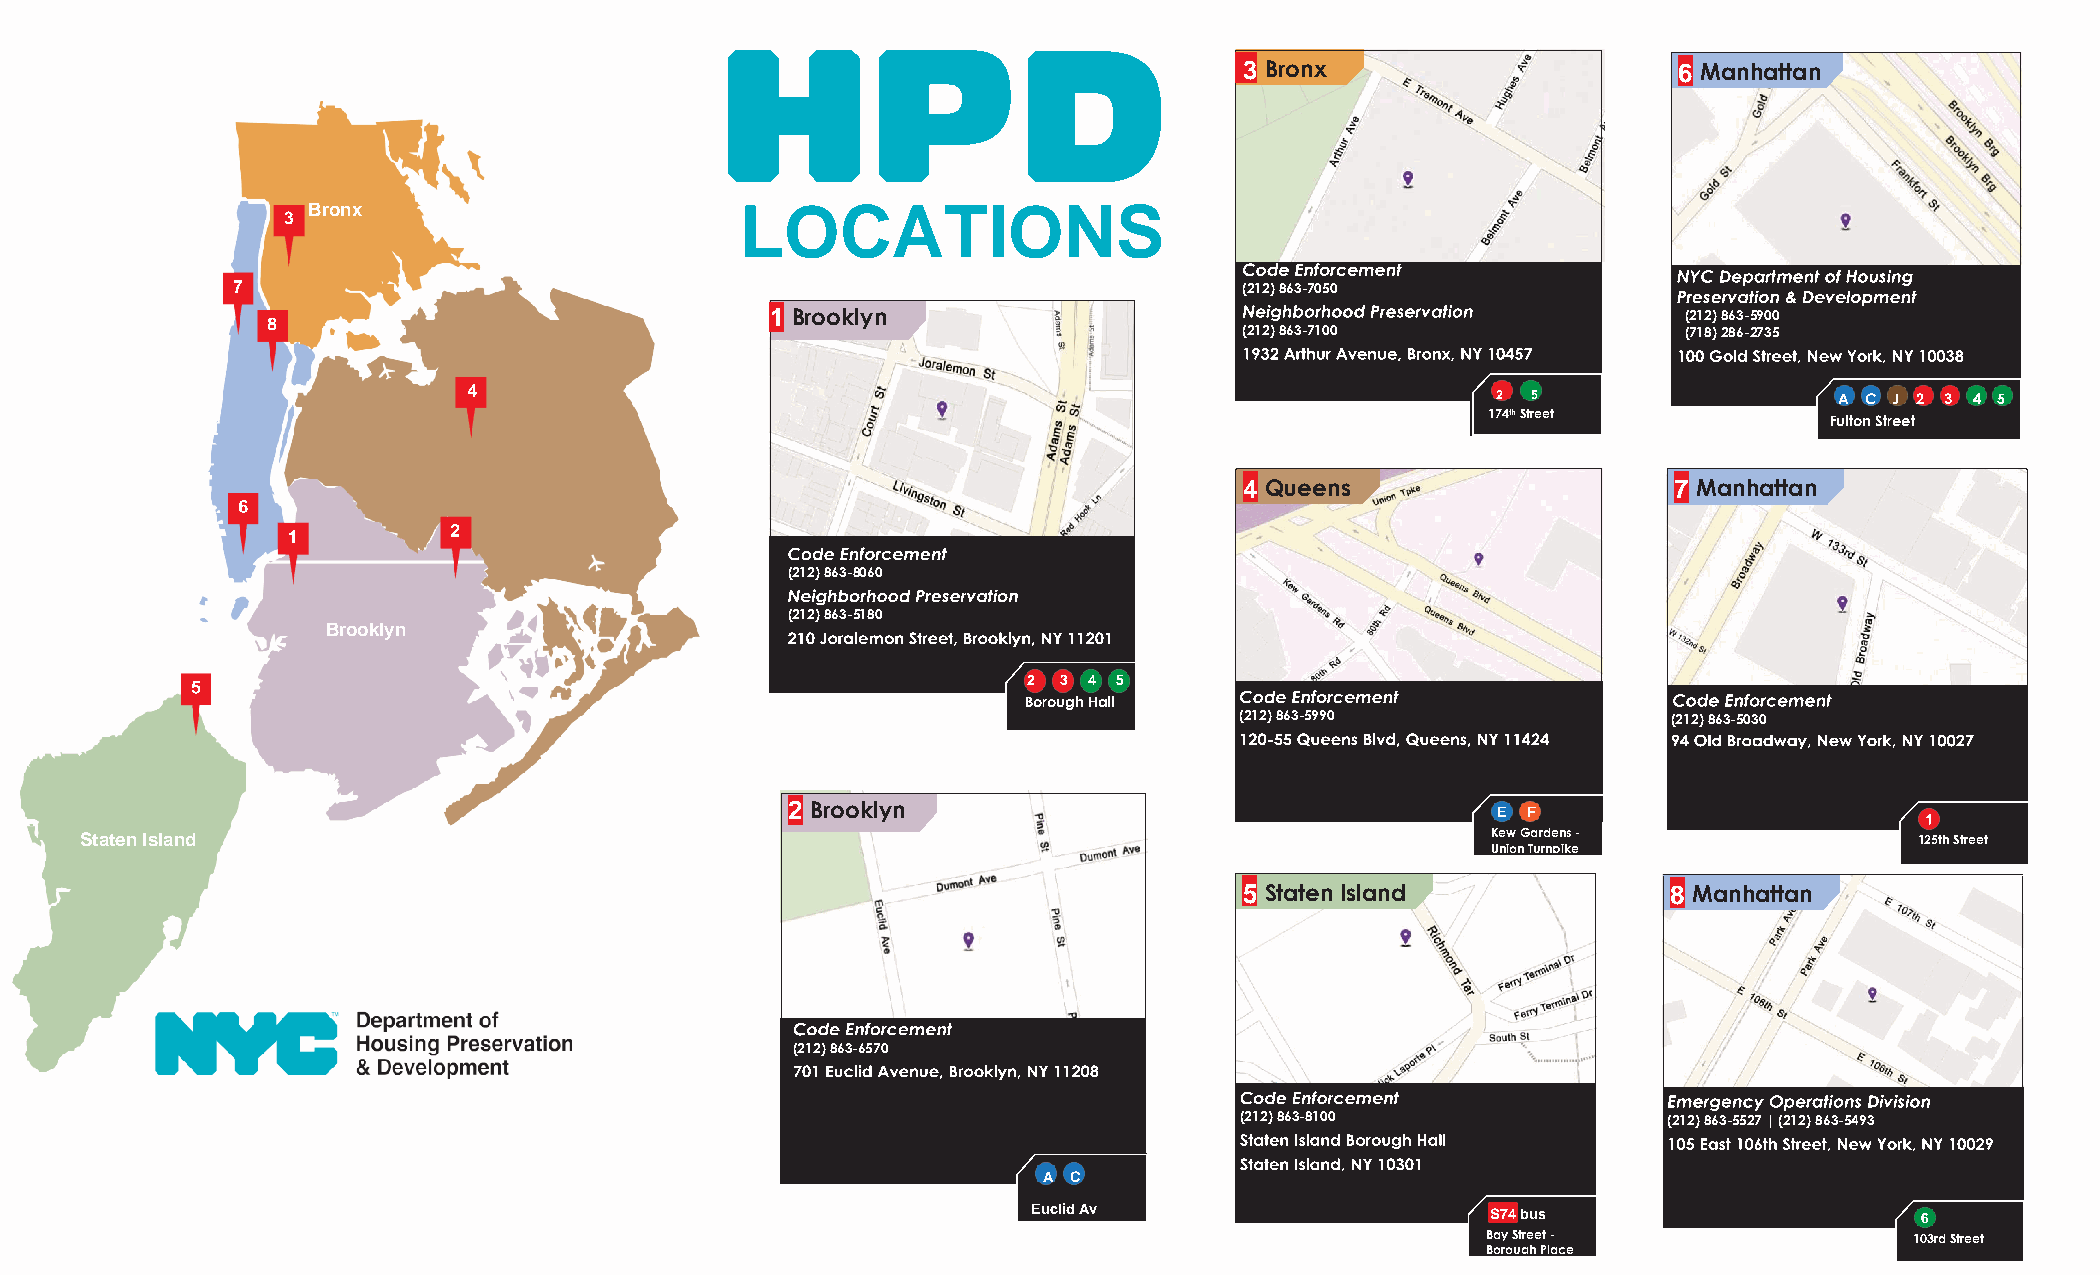
3 Bronx                      6 Manhattan
 Bronx                        LOCATIONS
 3
 (212) 863-7050
 1 Brooklyn                                                   (212) 863-5900
 (212) 863-7100                (718) 286-2735
 2 5                    A C J 2 3 4 5
 174th Street
 Fulton Street
 4 Queens                     7 Manhattan
 (212) 863-8060
 (212) 863-5180
 Brooklyn
 2 3 4 5
 Borough Hall
 (212) 863-5990               (212) 863-5030
 2 Brooklyn
 E F
 Staten Island                                                                                 Kew Gardens -               125th Street
 Union Turnpike
 5 Staten Island              8 Manhattan
 (212) 863-6570
 (212) 863-8100              (212) 863-5527 | (212) 863-5493
 A C
 Euclid Av                      S74 bus
 Bay Street -                 103rd Street
 Borough Place